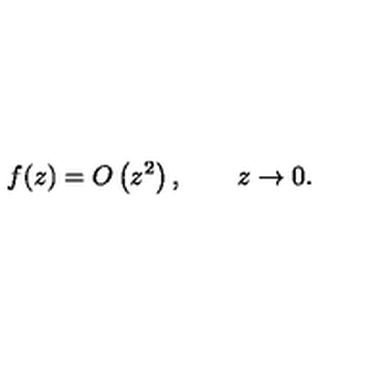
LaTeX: f ( z ) = O \left( z ^ { 2 } \right) , \qquad z \to 0 .